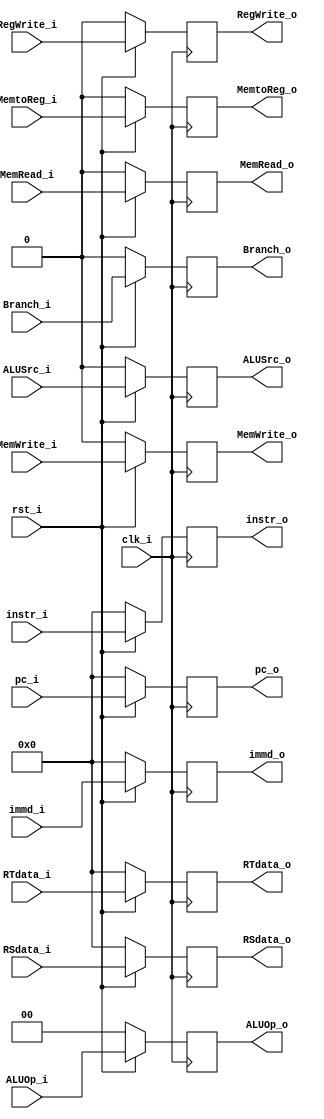
module ID_EX(
input 			clk_i,
input 			rst_i,
input        	MemtoReg_i,
input 			RegWrite_i,
input 			Branch_i, 
input			MemWrite_i,
input			MemRead_i,
input [32-1:0]	pc_i,
input [2-1:0]	ALUOp_i,
input 			ALUSrc_i,
input [32-1:0]  RSdata_i,
input [32-1:0]	RTdata_i,
input [32-1:0]	immd_i,
input [32-1:0]  instr_i,
output 	reg			RegWrite_o,
output  reg 		MemtoReg_o,
output 	reg			Branch_o,
output 	reg			MemWrite_o,
output 	reg			MemRead_o,
output  reg[32-1:0]	pc_o,
output 	reg[2-1:0]	ALUOp_o,
output	reg			ALUSrc_o,
output  reg[32-1:0] RSdata_o,
output  reg[32-1:0]	RTdata_o,
output  reg[32-1:0]	immd_o,
output  reg[32-1:0] instr_o
);

	always @(posedge clk_i) begin
		if(~rst_i) begin
			MemtoReg_o <= 0;
			RegWrite_o <= 0;
			Branch_o <= 0;
			MemWrite_o <= 0;
			MemRead_o <= 0;
			pc_o <= 0;
			ALUOp_o <= 0;
			ALUSrc_o <= 0;
			RSdata_o <= 0;
			RTdata_o <= 0;
			immd_o <= 0;
			instr_o <= 0;

		end
		else begin
			MemtoReg_o <= MemtoReg_i;
			RegWrite_o <= RegWrite_i;
			Branch_o <= Branch_i;
			MemWrite_o <= MemWrite_i;
			MemRead_o <= MemRead_i;
			pc_o <= pc_i;
			ALUOp_o <= ALUOp_i;
			ALUSrc_o <= ALUSrc_i;
			RSdata_o <= RSdata_i;
			RTdata_o <= RTdata_i;
			immd_o <= immd_i;
			instr_o <= instr_i;

		end
	end

endmodule